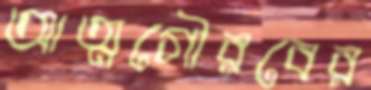
আত্মগৌরবের